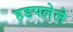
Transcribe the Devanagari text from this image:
हडपलेले